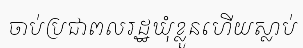
ចាប់ប្រជាពលរដ្ឋឃុំខ្លួនហើយស្លាប់